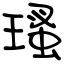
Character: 瑵